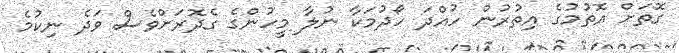
ގޮތަށް އޮތުމުގެ އިތުރުން ހުއްދަ ހޯދުމަކާ ނުލާ މީހުންގެ ގެދޮރަށްވެސް ވަދެ ނިކުމެ